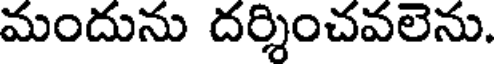
మందును దర్శించవలెను.